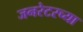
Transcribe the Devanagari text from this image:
जनरेटरच्या